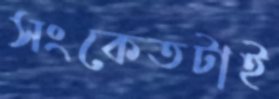
সংকেতটাই